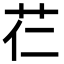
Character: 芢